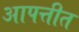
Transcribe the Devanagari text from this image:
आपत्तीत